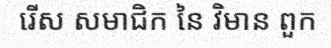
រើស សមាជិក នៃ វិមាន ពួក